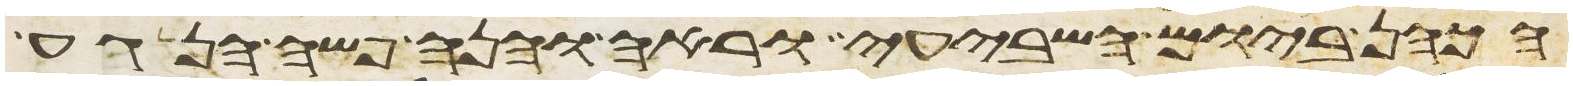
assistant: הכהן ביום השביעי וראה והנה פשה הנגע